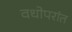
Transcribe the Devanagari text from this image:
वधोपरांत